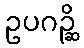
ဥပဂဉ္ဆိ